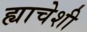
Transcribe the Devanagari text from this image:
ह्याचेशी